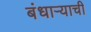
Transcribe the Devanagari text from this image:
बंधाऱ्याची